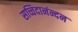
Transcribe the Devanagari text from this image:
सच्चिदानंन्दन